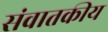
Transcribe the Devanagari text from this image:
संवातकीय